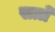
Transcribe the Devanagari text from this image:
सार्त्रे